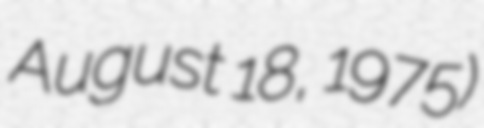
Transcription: August 18, 1975)